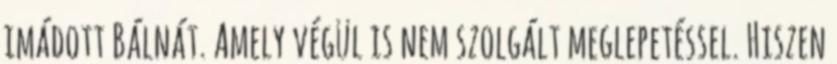
imádott Bálnát. Amely végül is nem szolgált meglepetéssel. Hiszen